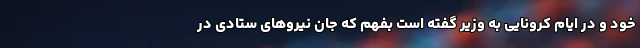
خود و در ایام کرونایی به وزیر گفته است بفهم که جان نیروهای ستادی در